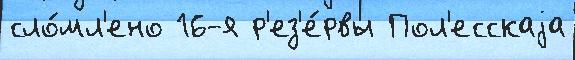
сло́мл'ено 16-я р'ез'е́рвы Пол'есскаjа